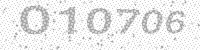
Solution: 010706